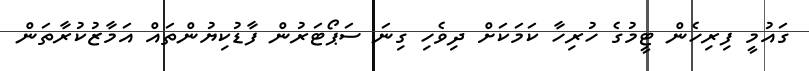
ގައުމީ ފިރިހެން ޓީމުގެ ހުރިހާ ކަމަކަށް ދިވެހި ގިނަ ސަޕޯޓަރުން ފާޑުކިޔުންތައް އަމާޒުކުރާތަން